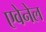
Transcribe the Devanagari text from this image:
एवेनेल